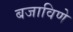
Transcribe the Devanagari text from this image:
बजाविणे